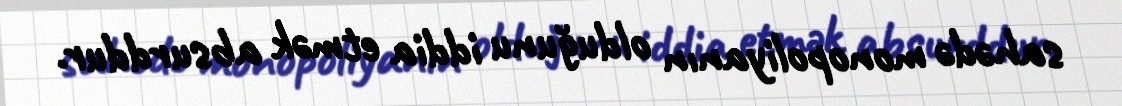
sahədə monopoliyanın olduğunu iddia etmək absurddur.